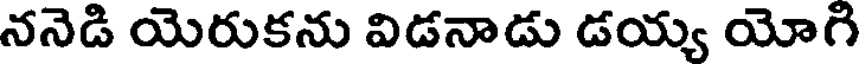
ననెడి యెరుకను విడనాడు డయ్య యోగి